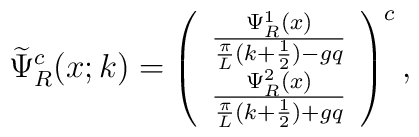
\widetilde{\Psi}^{c}_{R}(x;k) = \left( \begin{array}{c}    \frac{\Psi^1_R(x)}{\frac{\pi}{L}(k+\frac{1}{2})-gq} \\    \frac{\Psi^2_R(x)}{\frac{\pi}{L}(k+\frac{1}{2})+gq}                                  \end{array} \right)^c,